Vaccination report Assam 1896-1927 - 1896-1927
Year: 1896
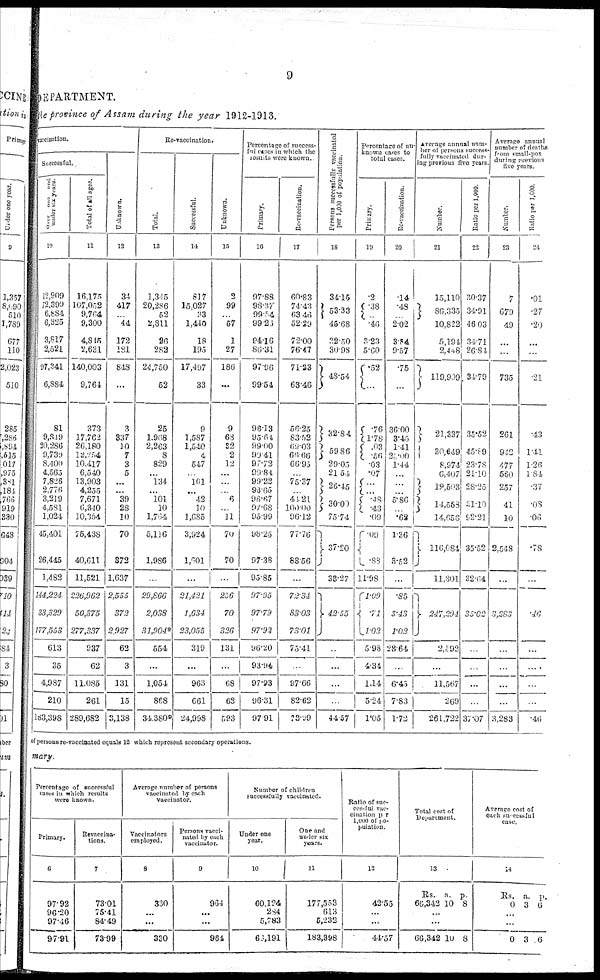
9
DEPARTMENT.
the province of Assam during the year 1912-1913.
vaccination.
Successful.
Over
one
and
under
six
year
10
12,909
72,399
6,884
6,325
3,817
2,521
97,341
6,884
81
9,349
20,286
9,739
8,400
4,565
7,826
2,776
3,219
4,581
1,024
45,401
26,445
1,482
144,224
33,329
177,553
613
35
4,987
210
183,398
Total of all ages.
11
16,175
107,052
9,764
9,300
4,8l5
2,631
140,003
9,764
373
17,762
26,180
12,254
10,417
6,540
13,903
4,255
7,671
6,340
10,354
76,438
40,611
11,521
226,962
50,375
277,337
937
62
11,085
261
289,682
Unknown.
12
34
417
...
44
172
181
848
...
3
337
10
7
3
5
...
...
39
28
10
70
872
1,637
2,555
372
2,927
62
3
131
15
3,138
Re-vaccination.
Total.
13
1,315
20,286
52
2,811
26
282
24,750
52
25
1,968
2,263
8
829
...
134
...
101
10
1,764
5,136
1,986
...
29,866
2,038
31,904*
554
...
1,054
868
34 380*
Successful.
11
817
15,027
33
1,440
18
195
17,497
33
9
1,587
1,540
4
547
161
...
42
10
1,685
3,924
1,601
...
21,421
1,634
23,055
319
...
963
661
24,998
Unknown.
15
2
99
...
57
1
27
180
...
9
68
82
2
12
...
...
...
6
...
11
70
70
...
256
70
326
131
...
68
63
593
Percentage of success-
ful cases in which the
results were known.
Primary.
16
97.88
98.,37
99.54
99.25
94.16
86.31
97.96
99.54
96.13
95.61
99.00
99.41
97.72
99.84
99.22
93.65
96.67
97.68
95.99
98.25
97.38
95.85
97.95
97.79
97.92
96.20
93.94
97.93
96.31
97.91
Re-vaccination.
17
60.83
74.43
63.46
52.29
72.00
76.47
71.23
63.46
56.25
83.52
69.03
66.66
66.95
...
75.37
...
41.21
100.00
96.12
77.76
88.56
...
72.31
83.03
73.01
75.41
...
97.66
82.62
73.89
Persons successfully vaccinated
per 1,000 of population.
18
34.15
53.33
45.68
32.50
30.98
48.54
32.84
59.86
29.05
21.54
26.45
30.00
75.74
37.20
33.27
42.55
...
...
...
...
44.57
percentage of un¬
known cases to
total cases.
Primary.
19
.2
.38
.46
3.23
5.60
.52
...
.76
1.78
.03
.56
.03
.07
...
...
.48
.43
.09
.09
.83
11.98
1.09
71
1.02
5.98
4.31
1.14
5.24
1.05
Re-vaccination
20
14
.48
2.02
3.84
9.57
.75
...
36.00
3.43
1.41
27.00
1.44
...
...
...
5.86
...
.62
1.36
3.52
...
.85
3.43
1.02
28.64
...
6.45
7.83
1.72
Average annual num¬
ber of persons success¬
fully vaccinated dur-
ing previous five years
Number.
21
15,110
86,333
10,822
5,194
24.48
119,909
21,337
30,649
8,974
6,407
19,593
14,553
14,656
116,684
11,301
247,294
2,592
...
11,567
269
261,722
Ratio per 1,000
22
30.37
34.91
46.03
34.71
26.81
31.79
35.52
45.89
23.78
21.10
28.25
61.19
92.21
35.52
32.64
35.02
...
...
...
...
3,107
Average annual
number of deaths
from small-pox
during previous
five years
Number.
23
7
679
49
...
...
735
261
942
477
560
257
41
10
2,548
...
3,283
...
...
...
...
3,283
Ratio per 1,000.
24
.01
.27
.20
...
...
21
.43
1.41
1.26
1.84
.37
.08
.06
.78
...
.46
...
...
...
...
.46
of persons re-vaccinated equals 12 which represent secondary operations.
mary.
Percentage of successful
cases in which results
were known.
Primary.
6
97.92
96.20
97.46
97.91
Revaccina¬
tions.
7
73.01
75.41
84.49
73.99
Average number of persons
vaccinated by each
vaccinator.
Vaccinators
employed.
8
330
...
...
330
Persons vacci-
nated by each
vaccinator.
9
964
...
...
964
Number of children
successfully vaccinated.
Under one
year.
10
60,124
284
5,783
66,191
One and
under six
years.
11
177,553
613
5,232
183,398
Ratio of suc-
------- vac¬
cination per
1,000 of po-
pulation
12
42.55
...
...
44.57
Total cost of
Department.
13
Rs.
66,342
a.
10
p.
8
...
...
66,342 10 8
Average cost of
each successful
case.
14
Rs.
0
a.
3
p.
6
...
...
0 3 6